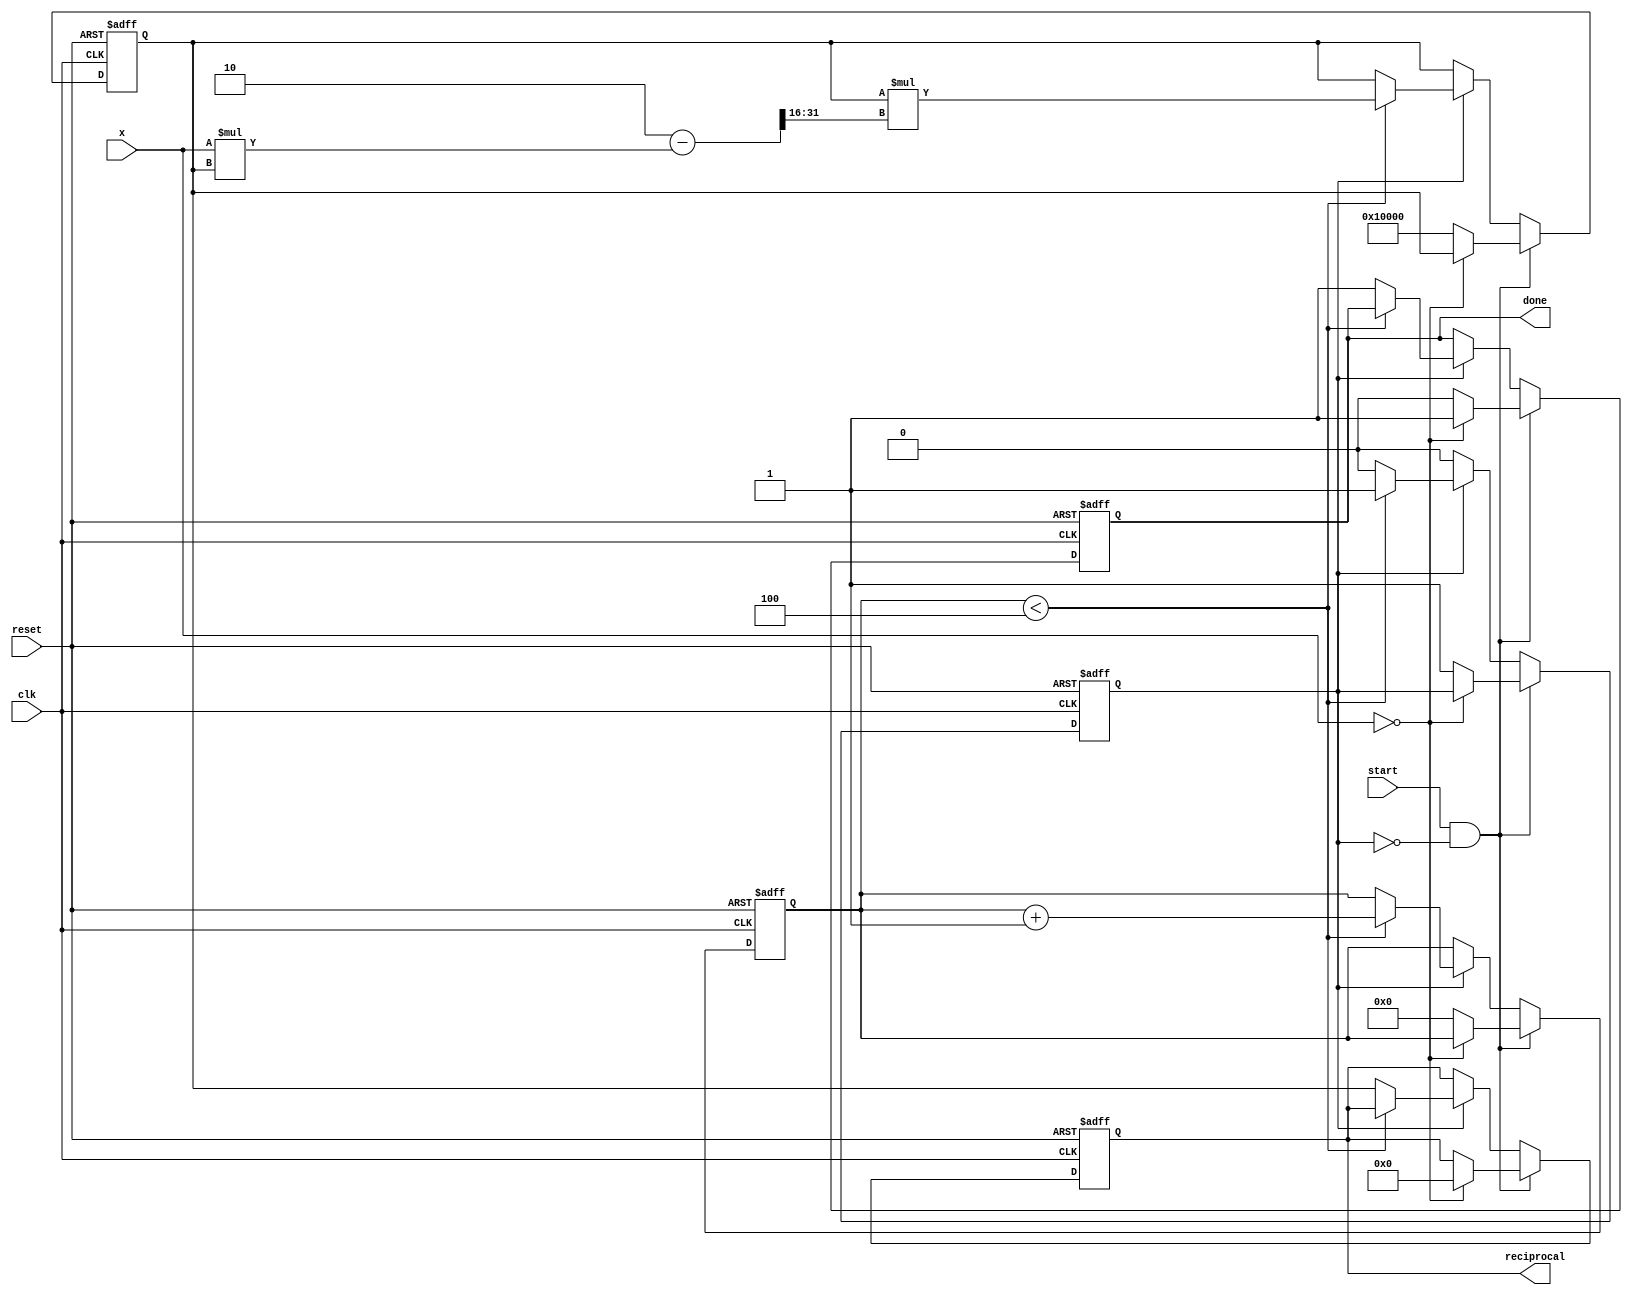
module NewtonRaphsonReciprocal #(
    parameter INPUT_WIDTH = 16, // Input width
    parameter OUTPUT_WIDTH = 32, // Output width, must be greater than INPUT_WIDTH
    parameter MAX_ITERATIONS = 4 // Max iterations for the algorithm
)(
    input wire clk,               // Clock signal
    input wire reset,             // Reset signal
    input wire start,             // Start signal for computation
    input wire [INPUT_WIDTH-1:0] x, // Input number for reciprocal calculation
    output reg [OUTPUT_WIDTH-1:0] reciprocal, // Output reciprocal
    output reg done               // Done signal
);

    // Internal states
    reg [OUTPUT_WIDTH-1:0] r;    // Current approximation of reciprocal
    reg [3:0] iteration_count;    // Iteration counter
    reg in_progress;              // Flag to indicate ongoing computation

    // Predefined constant for initial guess
    localparam INITIAL_GUESS = (1 << (OUTPUT_WIDTH - INPUT_WIDTH)); // 2^(OUTPUT_WIDTH - INPUT_WIDTH)

    always @(posedge clk or posedge reset) begin
        if (reset) begin
            r <= 0;
            reciprocal <= 0;
            done <= 0;
            iteration_count <= 0;
            in_progress <= 0;
        end else if (start && !in_progress) begin
            if (x == 0) begin
                // Handle error case: If input is zero
                reciprocal <= 0;
                done <= 1;
            end else begin
                // Initialization
                r <= INITIAL_GUESS; // Use the predefined initial guess
                iteration_count <= 0;
                in_progress <= 1;
                done <= 0;
            end
        end else if (in_progress) begin
            // Newton-Raphson iteration
            if (iteration_count < MAX_ITERATIONS) begin
                r <= r * (2 - (x * r) >> (OUTPUT_WIDTH/2)); // Update approximation
                iteration_count <= iteration_count + 1;
            end else begin
                // Final output when iterations complete
                reciprocal <= r;
                done <= 1;
                in_progress <= 0;
            end
        end
    end

endmodule